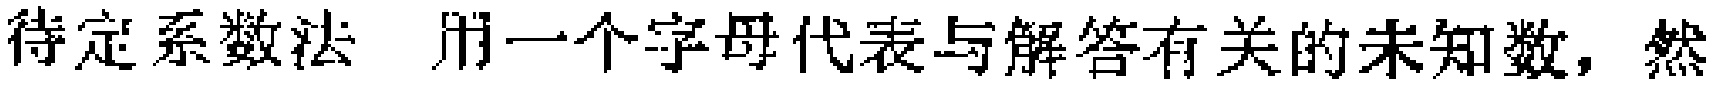
待定系数法 用一个字母代表与解答有关的未知数，然